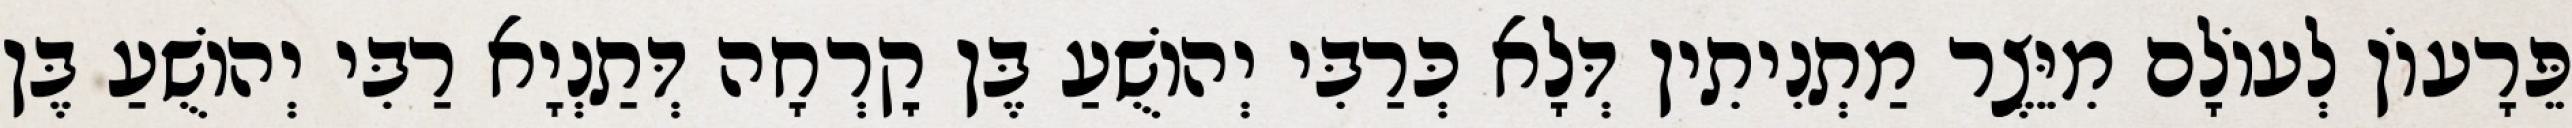
פֵּרָעוֹן לְעוֹלָם מִיֵּצֶר מַתְנִיתִין דְּלָא כְּרַבִּי יְהוֹשֻׁעַ בֶּן קׇרְחָה דְּתַנְיָא רַבִּי יְהוֹשֻׁעַ בֶּן